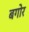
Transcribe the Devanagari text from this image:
बगोर